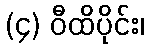
(၄) ဝီထိပိုင်း၊